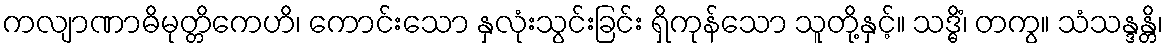
ကလျာဏာဓိမုတ္တိကေဟိ၊ ကောင်းသော နှလုံးသွင်းခြင်း ရှိကုန်သော သူတို့နှင့်။ သဒ္ဓိံ၊ တကွ။ သံသန္ဒန္တိ၊